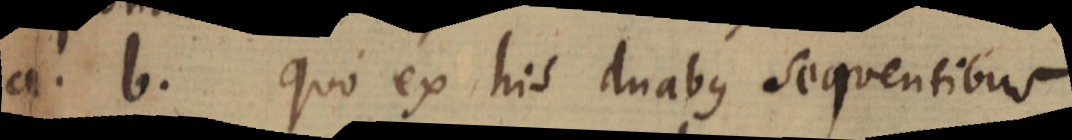
a. b. quo ex his duabus sequentibus